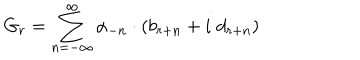
LaTeX: G _ { r } = \sum _ { n = - \infty } ^ { \infty } \alpha _ { - n } \cdot ( b _ { r + n } + i \; d _ { r + n } )